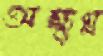
অক্ষুণ্ণ